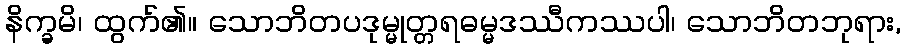
နိက္ခမိ၊ ထွက်၏။ သောဘိတပဒုမ္မုတ္တရဓမ္မဒဿီကဿပါ၊ သောဘိတဘုရား,